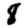
Digit: 8